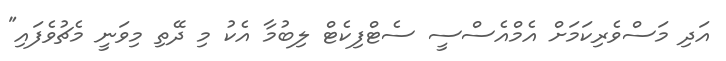
އަދި މަސްވެރިކަމަށް އެމްއެސްސީ ސެޓްފިކެޓް ލިބުމާ އެކު މި ދޭތި މިވަނީ މެޗުވެފައި"